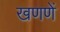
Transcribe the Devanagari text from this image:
खणणें